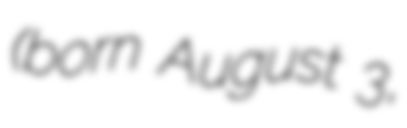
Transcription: (born August 3,